On the action of the venoms of the cobra (Naja tripudians) and of the daboia (Daboia russellii) on the red blood corpuscles and on the blood plasma - Number 4
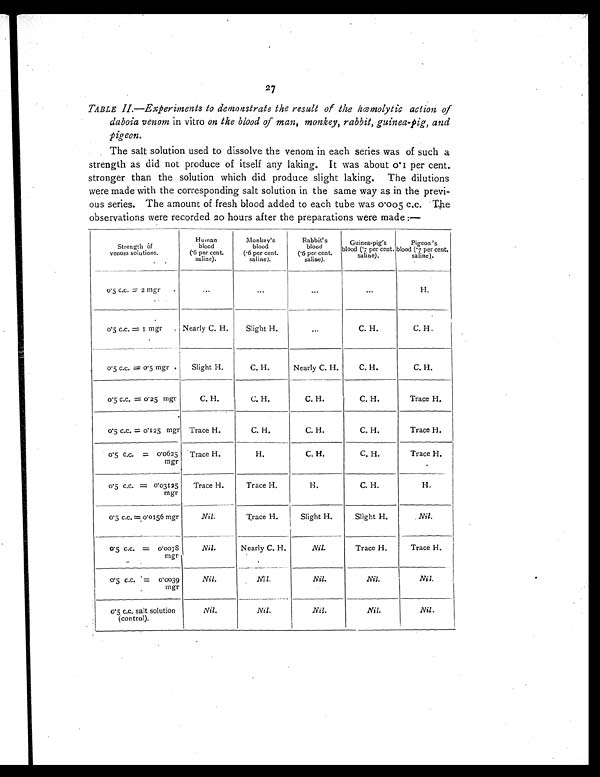
27
TABLE II.—Experiments to demonstrate the result of the hæmolytic
action of
daboia venom in vitro on the blood of man, monkey, rabbit, guinea-pig, and
pigeon.
The salt solution used to dissolve the venom in each series was of such a
strength as did not produce of itself any laking. It was about 0.1 per cent.
stronger than the solution which did produce slight laking. The dilutions
were made with the corresponding salt solution in the same way as in the previ-
ous series. The amount of fresh blood added to each tube was 0.005 c.c. The
observations were recorded 20 hours after the preparations were made :—
Strength of
venom solutions.
Human blood
(.6 per cent.
saline).
Monkey's blood
(.6 per cent.
saline).
Rabbit's blood
(.6 per cent.
saline).
Guinea-pig's
blood (.7 per cent.
saline).
Pigeon's
blood (.7 per cent.
saline).
0.5 c.c. = 2 mgr .
. . .
...
. . .
. . .
H.
0.5 c.c. = 1 mgr . Nearly C. H. Slight H
. . .
C. H.
C. H
0.5 c.c.=0.5 mgr . Slight H.
C. H.
Nearly C. H.
C. H.
C. H.
0.5 c.c.=0.25 mgr
C. H.
C. H.
C. H.
C. H.
Trace H.
0.5 c.c. = 0.125 mgr Trace H.
C. H.
C. H.
C. H.
Trace H.
0.5 c.c. = 0.0625
mgr
Trace H.
H.
C. H.
C. H.
Trace H.
0.5 c.c. = 0.03125
mgr
Trace H.
Trace H.
H.
C. H.
H.
0.5 c.c. = 0.0156 mgr
Nil.
Trace H.
Slight H.
Slight H.
Nil.
0.5 c.c. = 0.007
8 mgr
Nil.
Nearly C. H.
Nil.
Trace H.
Trace H.
0.5 c.c. = 0.0039
mgr
Nil.
Nil.
Nil.
Nil.
Nil.
0.5 c.c. sal1t solution
(control).
Nil.
Nil.
Nil.
Nil.
Nil.